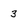
Character: 3